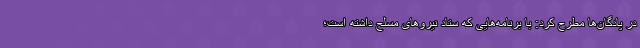
در پادگان‌ها مطرح کرد: با برنامه‌هایی که ستاد نیروهای مسلح داشته است؛